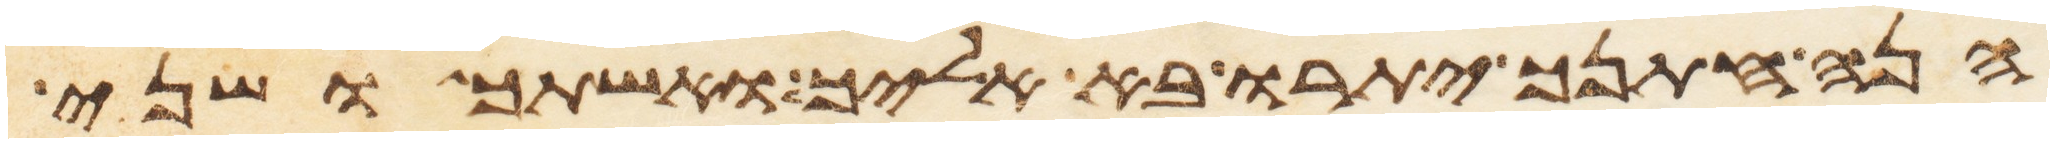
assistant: הנה חתנך יתרו בא אליך ואשתך ושני